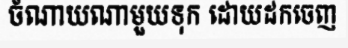
ចំណាយណាមួយទុក ដោយដកចេញ